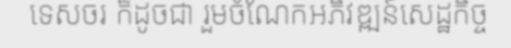
ទេសចរ ក៏ដូចជា រួមចំណែកអភិវឌ្ឍន៍សេដ្ឋកិច្ច